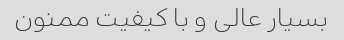
بسیار عالی و با کیفیت ممنون